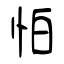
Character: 怕